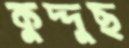
কুদ্দুছ